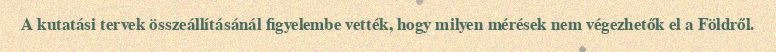
A kutatási tervek összeállításánál figyelembe vették, hogy milyen mérések nem végezhetők el a Földről.